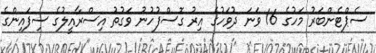
ސެޕްޓެންބަރު މަހުގެ 16 ވަނަ ދުވަހުގެ އިރު ގޮސްފުހުނު ވަގުތު އިސްރާއީލުގެ ސިފައިންގެ